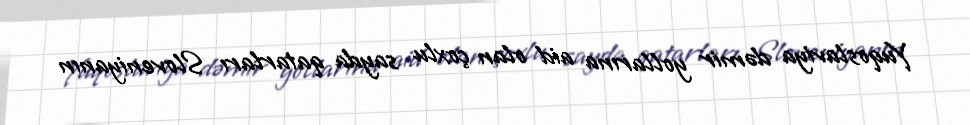
Yuqoslaviya dəmir yollarına aid olan çoxlu sayda qatarları Sloveniyanın